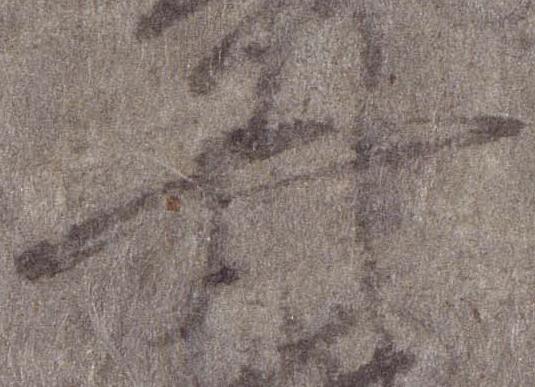
弁